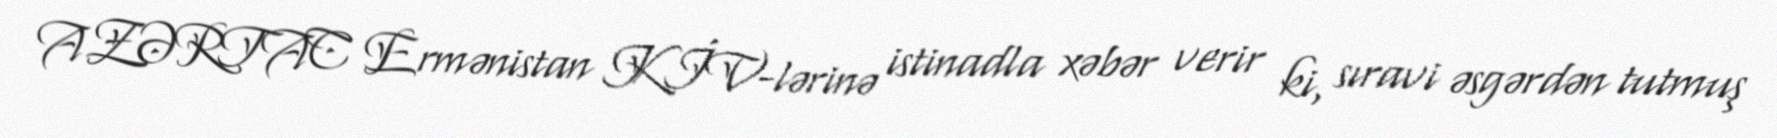
AZƏRTAC Ermənistan KİV-lərinə istinadla xəbər verir ki, sıravi əsgərdən tutmuş